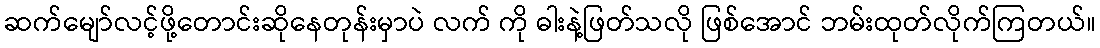
ဆက်မျော်လင့်ဖို့တောင်းဆိုနေတုန်းမှာပဲ လက် ကို ဓါးနဲ့ဖြတ်သလို ဖြစ်အောင် ဘမ်းထုတ်လိုက်ကြတယ်။